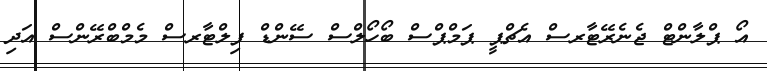
އޯ ޕްލާންޓް ޖެނެރޭޓާރސް އެޗްޕީ ޕަމްޕްސް ބޯހޯލްސް ސޭންޑް ފިލްޓާރސް މެމްބްރޭންސް އަދި